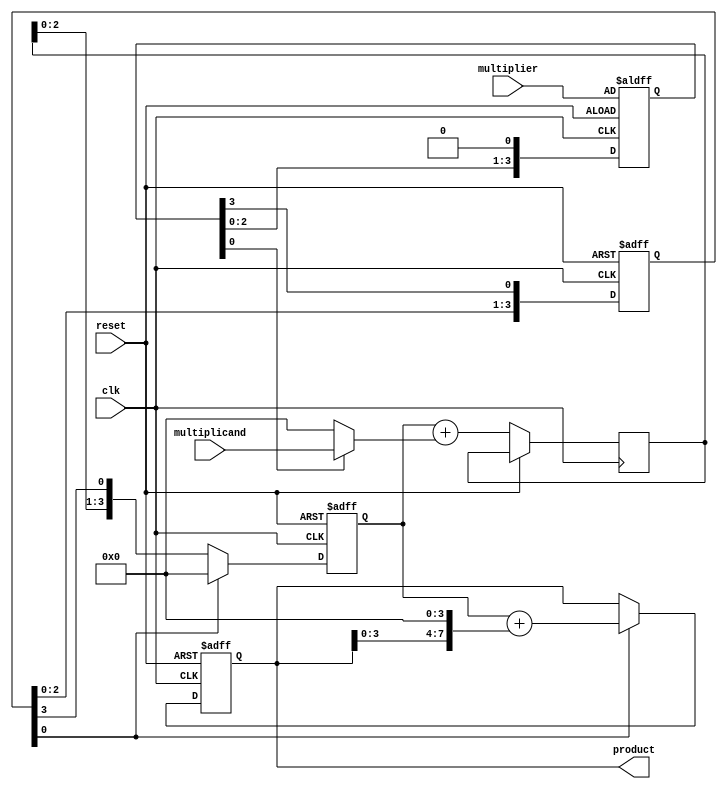
module shift_and_add_multiplier (
    input wire clk,
    input wire reset,
    input wire [3:0] multiplicand,
    input wire [3:0] multiplier,
    output reg [7:0] product
);

reg [3:0] shift_reg;
reg [3:0] multiplier_reg;
reg [3:0] partial_product;
reg [3:0] temp_product;

always @(posedge clk or posedge reset) begin
    if (reset) begin
        shift_reg <= 4'b0000;
        multiplier_reg <= multiplier;
        partial_product <= 4'b0000;
        product <= 8'b00000000;
    end else begin
        temp_product <= partial_product + (multiplier_reg[0] ? multiplicand : 4'b0000);
        partial_product <= {temp_product[3:0], shift_reg[3]};
        shift_reg <= {shift_reg[2:0], multiplier_reg[3]};
        multiplier_reg <= {multiplier_reg[2:0], 1'b0};
        if (shift_reg[0]) begin
            product <= partial_product + (product << 4);
            partial_product <= 4'b0000;
        end
    end
end

endmodule